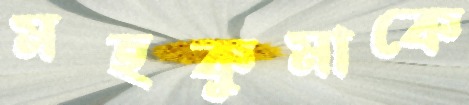
মহকুমাকে